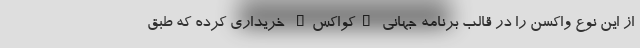
از این نوع واکسن را در قالب برنامه جهانی "کواکس" خریداری کرده که طبق